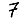
Digit: 7